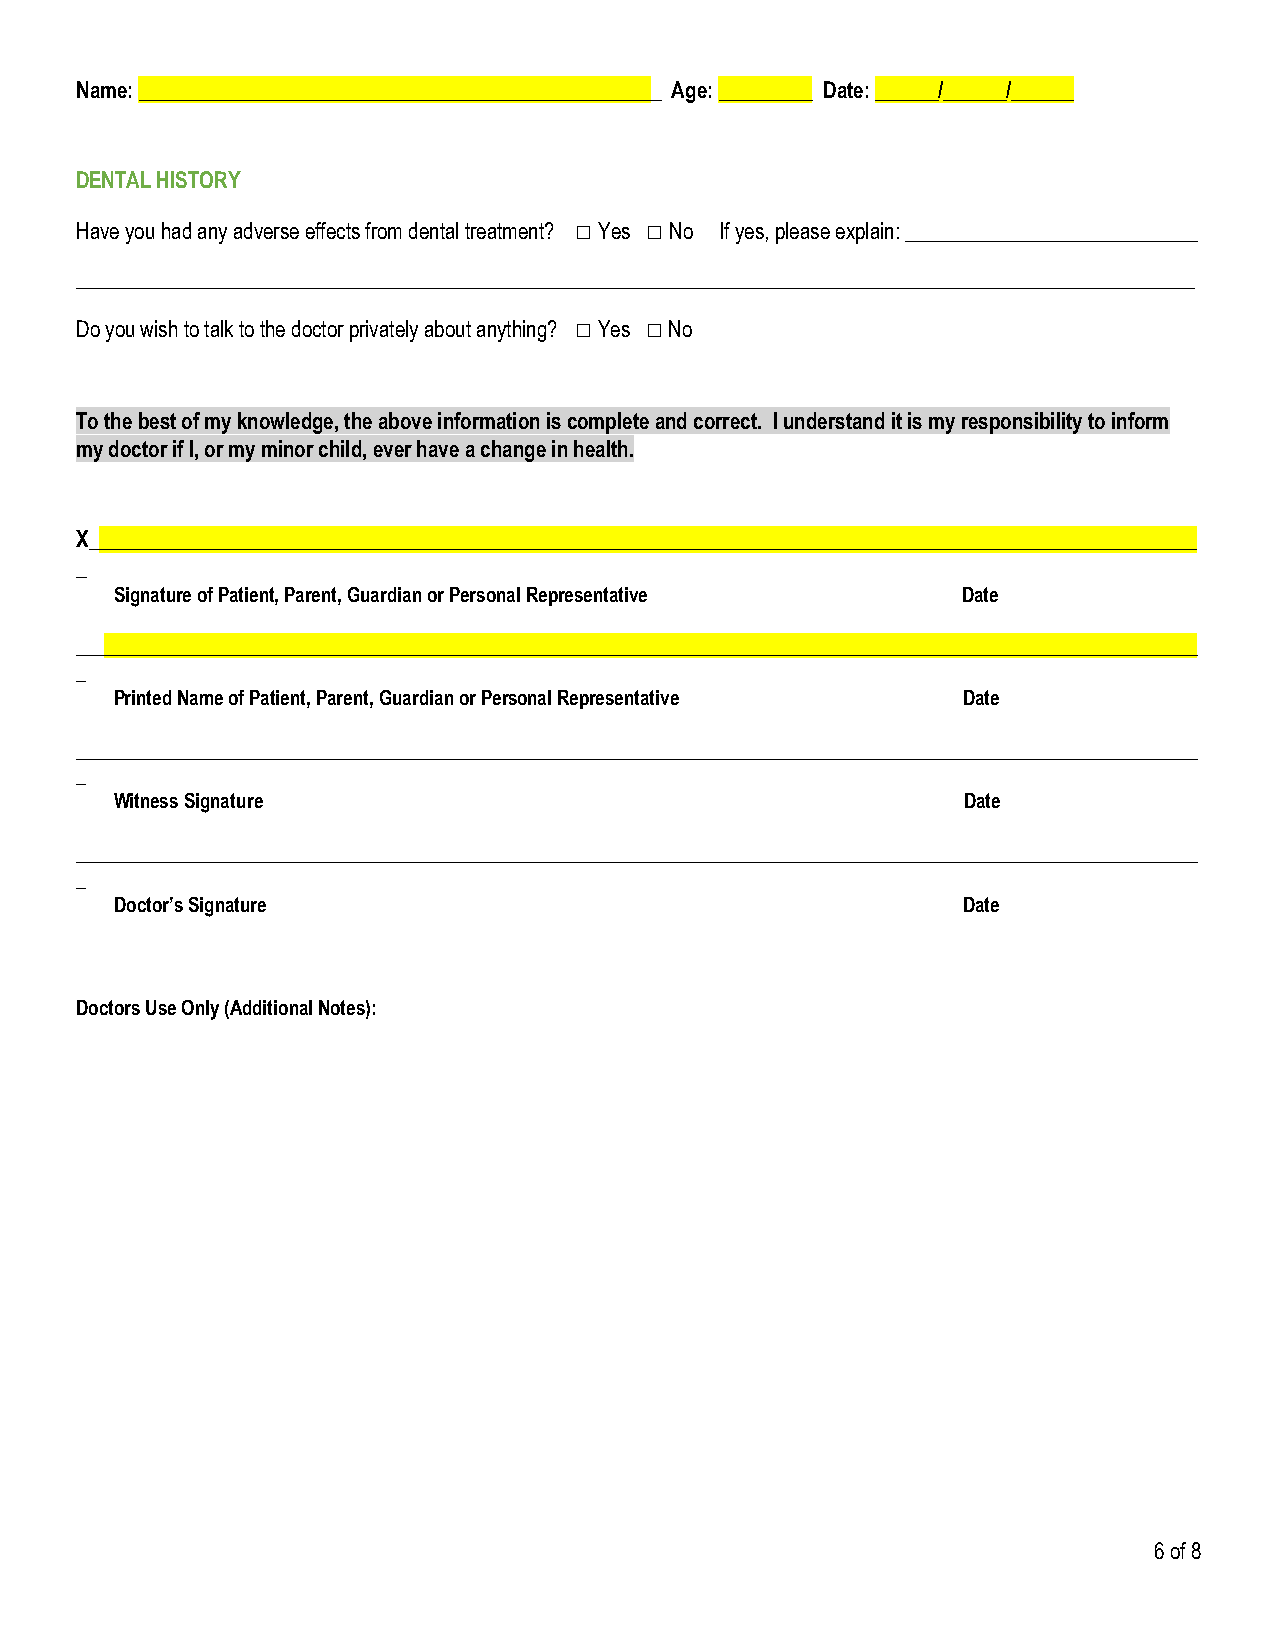
Name: __________________________________________________ Age: _________ Date: ______/______/______
 DENTAL HISTORY
 Have you had any adverse effects from dental treatment? □ Yes □ No If yes, please explain: ____________________________
 ___________________________________________________________________________________________________________
 Do you wish to talk to the doctor privately about anything? □ Yes □ No
 To the best of my knowledge, the above information is complete and correct. I understand it is my responsibility to inform
 my doctor if I, or my minor child, ever have a change in health.
 X__________________________________________________________________________________________________________
 _
 Signature of Patient, Parent, Guardian or Personal Representative Date
 ______________________________________________________________________________________________________________________
 _
 Printed Name of Patient, Parent, Guardian or Personal Representative Date
 ______________________________________________________________________________________________________________________
 _
 Witness Signature                                       Date
 ______________________________________________________________________________________________________________________
 _
 Doctor’s Signature                                      Date
 Doctors Use Only (Additional Notes):
 6 of 8